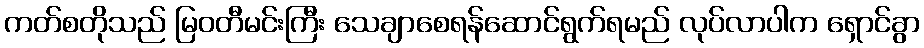
ကတ်စတိုသည် မြဝတီမင်းကြီး သေချာစေရန်ဆောင်ရွက်ရမည် လုပ်လာပါက ရှောင်ခွာ